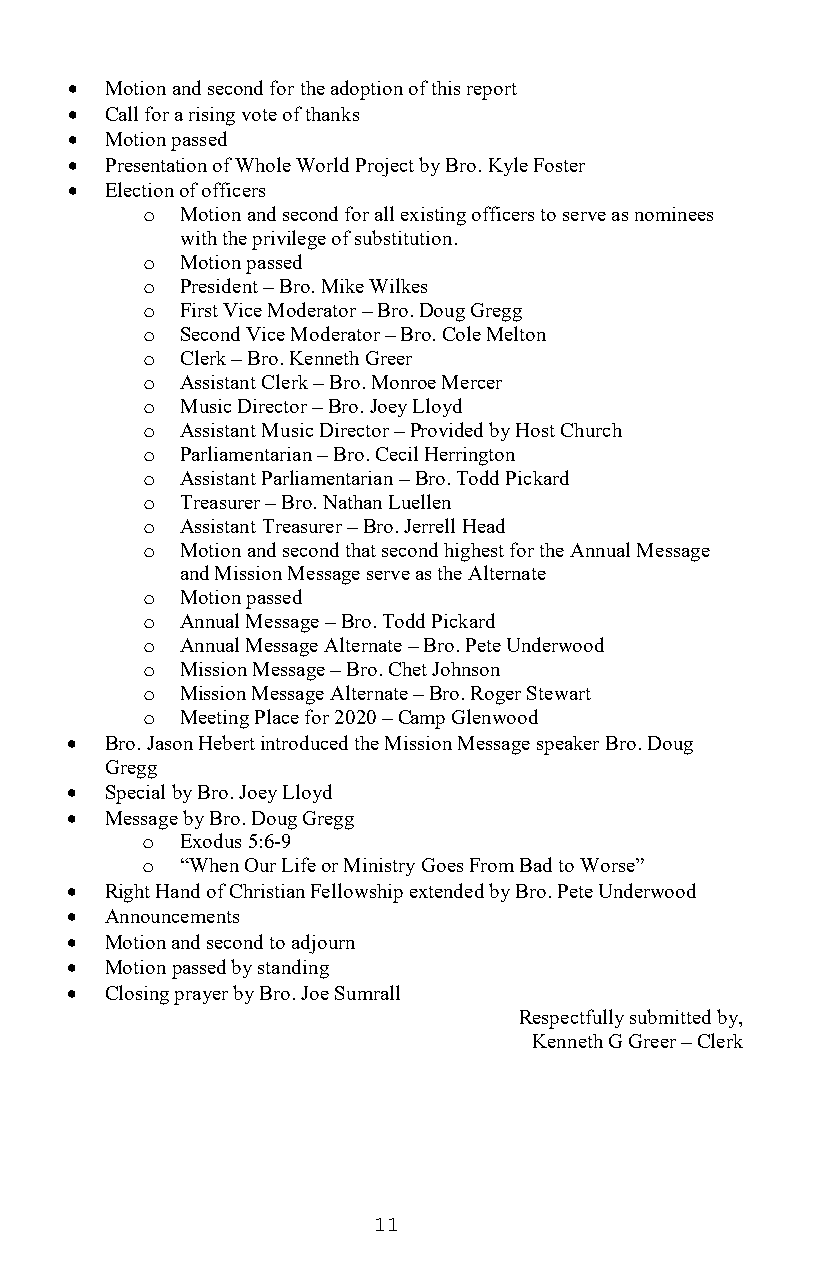
•  Motion and second for the adoption of this report
 •  Call for a rising vote of thanks
 •  Motion passed
 •  Presentation of Whole World Project by Bro. Kyle Foster
 •  Election of officers
 Motion and second for all existing officers to serve as nominees
 o
 with the privilege of substitution.
 Motion passed
 o
 President – Bro. Mike Wilkes
 o
 First Vice Moderator – Bro. Doug Gregg
 o
 Second Vice Moderator – Bro. Cole Melton
 o
 Clerk – Bro. Kenneth Greer
 o
 Assistant Clerk – Bro. Monroe Mercer
 o
 Music Director – Bro. Joey Lloyd
 o
 Assistant Music Director – Provided by Host Church
 o
 Parliamentarian – Bro. Cecil Herrington
 o
 Assistant Parliamentarian – Bro. Todd Pickard
 o
 Treasurer – Bro. Nathan Luellen
 o
 Assistant Treasurer – Bro. Jerrell Head
 o
 Motion and second that second highest for the Annual Message
 o
 and Mission Message serve as the Alternate
 Motion passed
 o
 Annual Message – Bro. Todd Pickard
 o
 Annual Message Alternate – Bro. Pete Underwood
 o
 Mission Message – Bro. Chet Johnson
 o
 Mission Message Alternate – Bro. Roger Stewart
 o
 Meeting Place for 2020 – Camp Glenwood
 o
 •  Bro. Jason Hebert introduced the Mission Message speaker Bro. Doug
 Gregg
 •  Special by Bro. Joey Lloyd
 •  Message by Bro. Doug Gregg
 Exodus 5:6-9
 o
 “When Our Life or Ministry Goes From Bad to Worse”
 o
 •  Right Hand of Christian Fellowship extended by Bro. Pete Underwood
 •  Announcements
 •  Motion and second to adjourn
 •  Motion passed by standing
 •  Closing prayer by Bro. Joe Sumrall
 Respectfully submitted by,
 Kenneth G Greer – Clerk
 11